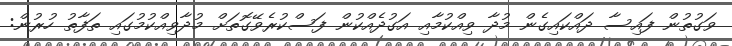
ވަގުތުން ފައިސާ ދައްކައިގެން މުދާ ވިއްކުމާއި އަގުދެއްކުން ފަސްކުރެވޭގޮތަށް މުދާވިއްކުމުގައި ތަފާތު ހުރުން: